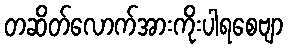
တဆိတ်လောက်အားကိုးပါရစေဗျာ